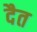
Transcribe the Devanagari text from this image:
दैत